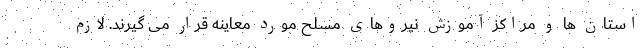
استان ها و مراکز آموزش نیروهای مسلح مورد معاینه قرار می گیرند. لازم